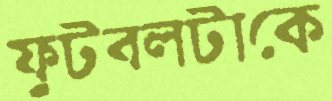
ফুটবলটাকে